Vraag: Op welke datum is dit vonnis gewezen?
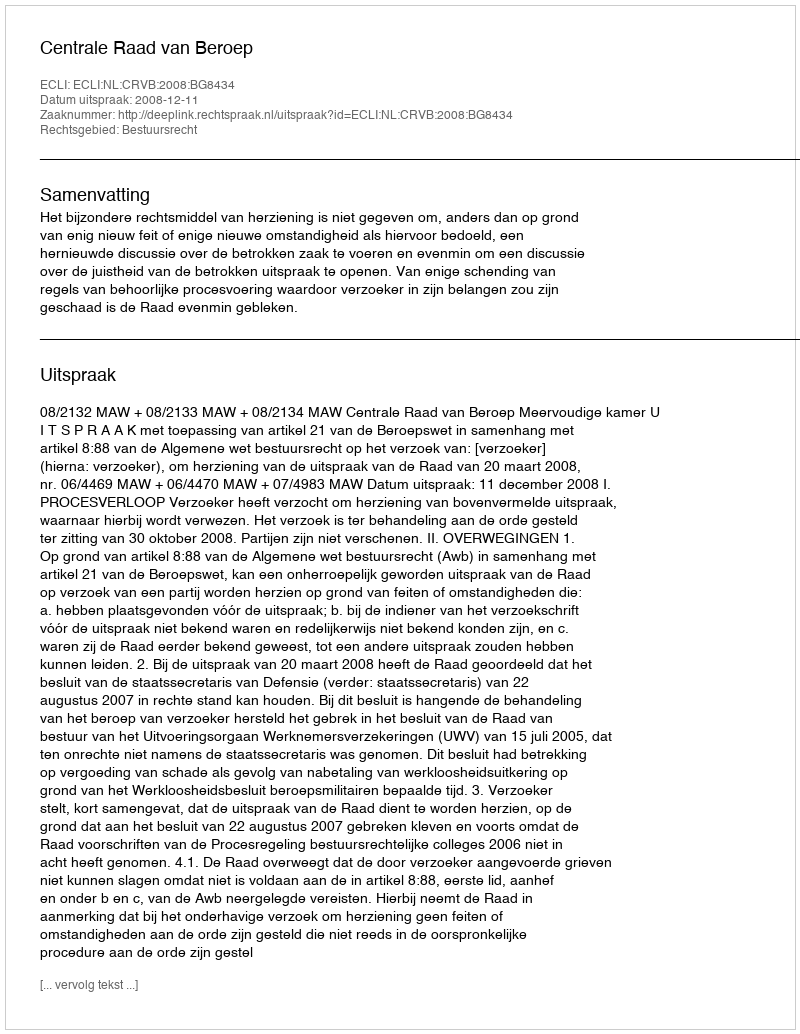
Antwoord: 2008-12-11